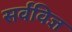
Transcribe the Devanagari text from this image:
सर्वविज्ञ